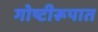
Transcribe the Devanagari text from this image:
गोष्टीरूपात